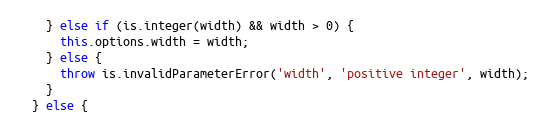
Language: JavaScript
    } else if (is.integer(width) && width > 0) {
      this.options.width = width;
    } else {
      throw is.invalidParameterError('width', 'positive integer', width);
    }
  } else {